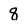
Character: 8